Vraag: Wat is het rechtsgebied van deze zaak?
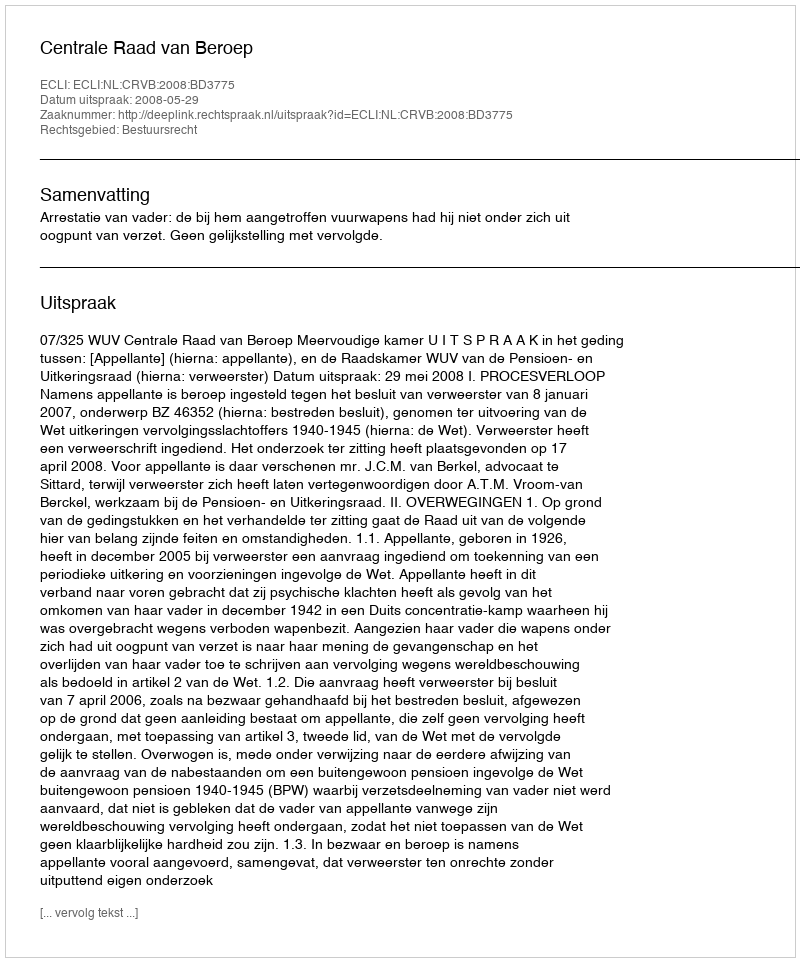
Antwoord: Bestuursrecht